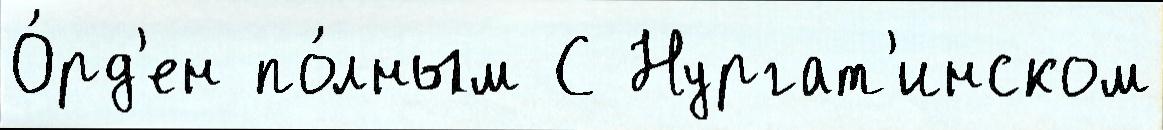
О́рд'ен по́лным С Нургат'инском